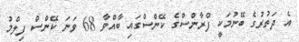
އެ ދަތުރުގެ ބޭނުމަކީ ފްރާންސްގެ ކޭންސްގައި ބާއްވާ 68 ވަނަ ކޭންސް ފިލްމު